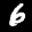
Label: 6